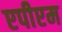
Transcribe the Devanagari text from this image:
एपीएम